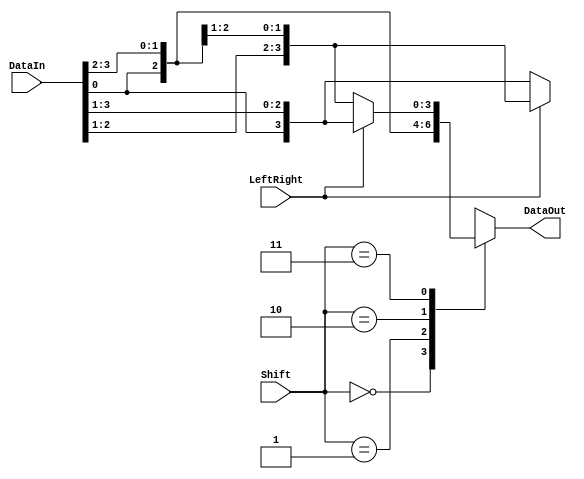
module Barrel_Shifter(
	input				[3:0] 	DataIn,
	input				[1:0] 	Shift,
	input							LeftRight,
	output	reg	[3:0]		DataOut
);

always @(*) begin
	case(Shift)
		2'b00: DataOut = DataIn;
		2'b01: DataOut = LeftRight ? {DataIn[2:0], DataIn[3]} : {DataIn[0], DataIn[3:1]};
		2'b10: DataOut = LeftRight ? {DataIn[1:0], DataIn[3:2]} : {DataIn[1:0], DataIn[3:2]};
		2'b11: DataOut = LeftRight ? {DataIn[0], DataIn[3:1]} : {DataIn[2:0], DataIn[3]};
		default: DataOut = 4'b0000;
	endcase
end

endmodule